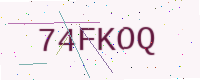
Text: 74FKOQ